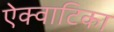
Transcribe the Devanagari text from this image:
ऐक्वाटिका